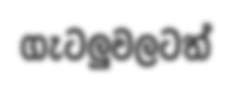
ගැටලුවලටත්